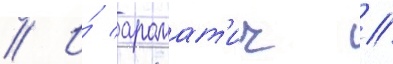
// И́ аромат'ич //